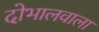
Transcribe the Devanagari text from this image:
दोभालवाला